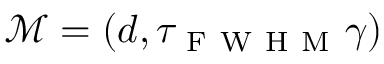
\mathcal { M } = ( d , \tau _ { \mathrm { ~ F ~ W ~ H ~ M ~ } } \gamma )